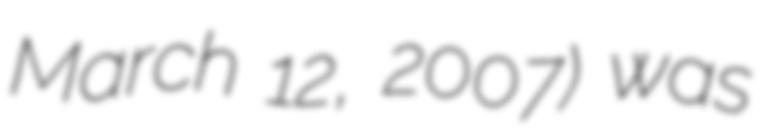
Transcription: March 12, 2007) was